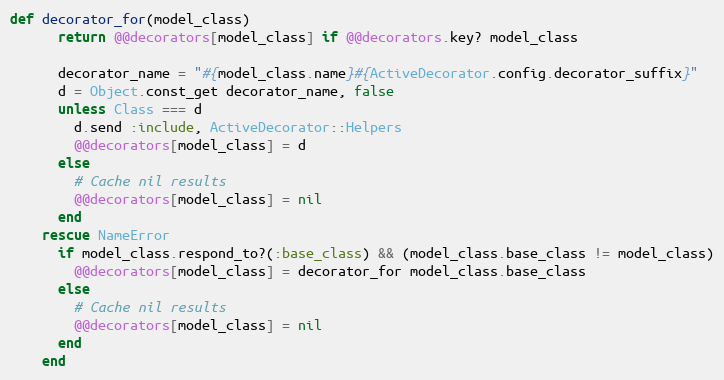
Language: Ruby
def decorator_for(model_class)
      return @@decorators[model_class] if @@decorators.key? model_class

      decorator_name = "#{model_class.name}#{ActiveDecorator.config.decorator_suffix}"
      d = Object.const_get decorator_name, false
      unless Class === d
        d.send :include, ActiveDecorator::Helpers
        @@decorators[model_class] = d
      else
        # Cache nil results
        @@decorators[model_class] = nil
      end
    rescue NameError
      if model_class.respond_to?(:base_class) && (model_class.base_class != model_class)
        @@decorators[model_class] = decorator_for model_class.base_class
      else
        # Cache nil results
        @@decorators[model_class] = nil
      end
    end